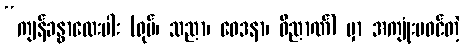
“ကျန်ခန္ဓာလေးပါး (ရုပ်၊ သညာ၊ ဝေဒနာ၊ ဝိညာဏ်) မှာ အကျုံးမဝင်တဲ့